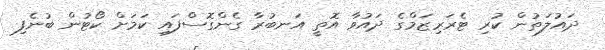
ދައުލަތުން ކުރި ޓެރަރިޒަމްގެ ދައުވާ އޮތީ އަނބުރާ ގެންގޮސްފައި ކަމަށް ކޯޓުން ބުނެފި